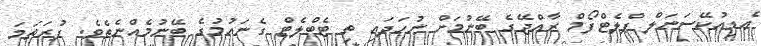
ޢެޑިއުކޭސަަނަލް ޕްލެޓްފޯމް ރާއްޖޭގެ ބޭނުމަށް ނުހަދައި ތި ޓެބްލެޓް ގެނައުމުގެ ބޭނުމެއްނެތެވެ. ފުރަތަމަ